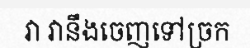
វា វានឹងចេញទៅច្រក